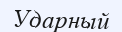
Ударный